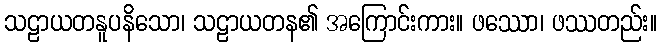
သဠာယတနူပနိသော၊ သဠာယတန၏ အကြောင်းကား။ ဖဿော၊ ဖဿတည်း။